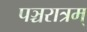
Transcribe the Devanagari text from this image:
पञ्चरात्रम्‌